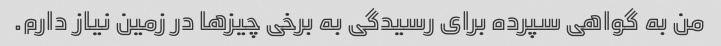
من به گواهی سپرده برای رسیدگی به برخی چیزها در زمین نیاز دارم.